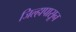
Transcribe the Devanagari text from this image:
जिल्हापासून